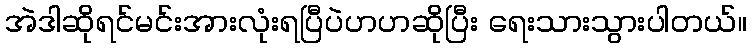
အဲဒါဆိုရင်မင်းအားလုံးရပြီပဲဟဟဆိုပြီး ရေးသားသွားပါတယ်။